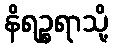
နိရဉ္စရာသို့